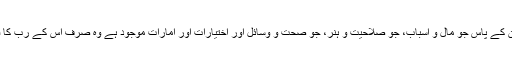
یعنی انسان کے پاس جو مال و اسباب، جو صلاحیت و ہنر، جو صحت و وسائل اور اختیارات اور امارات موجود ہے وہ صرف اس کے رب کا فضل ہے۔